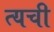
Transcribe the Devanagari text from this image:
त्यची